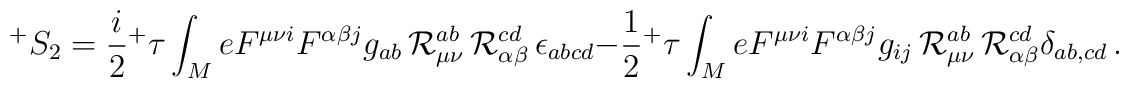
^{+}S_2=\frac{i}{2}{^+\tau} \int_M e F^{\mu \nu i} F^{\alpha \beta j}g_{ab}\,{\cal R}_{\mu \nu }^{ab}\,{\cal R}_{\alpha \beta }^{cd}\,\epsilon_{abcd}-\frac{1}{2}{^+\tau} \int_M e F^{\mu \nu i} F^{\alpha \beta j}g_{ij}\,{\cal R}_{\mu\nu }^{ab} \, {\cal R}_{\alpha \beta }^{cd}\delta_{ab,cd} \, .